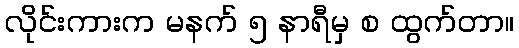
လိုင်းကားက မနက် ၅ နာရီမှ စ ထွက်တာ။